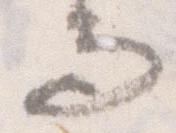
而